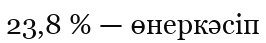
23,8 % — өнеркәсіп